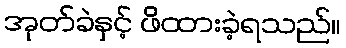
အုတ်ခဲနှင့် ဖိထားခဲ့ရသည်။